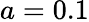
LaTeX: a=0.1